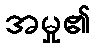
အမှု၏